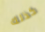
كذلك